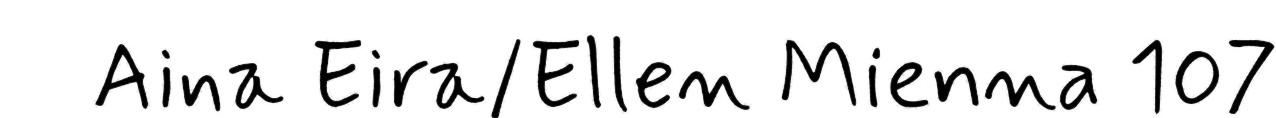
Aina Eira/Ellen Mienna 107